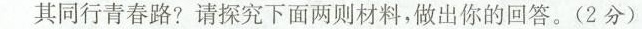
其同行青春路?请探究下面两则材料，做出你的回答。(2分)